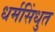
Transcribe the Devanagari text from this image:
धर्मसिंधुत